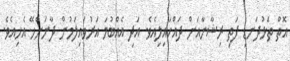
އޮތް ތަޅުދަނޑި ފަތި ރިޝާނާއަށް ދައްކައިލިއެވެ. އަދި އެއްބުމަ އަރުވައިލަމުން ދާނަންހޭ އެހިއެވެ.